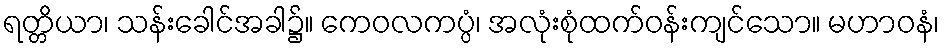
ရတ္တိယာ၊ သန်းခေါင်အခါ၌။ ကေဝလကပ္ပံ၊ အလုံးစုံထက်ဝန်းကျင်သော။ မဟာဝနံ၊